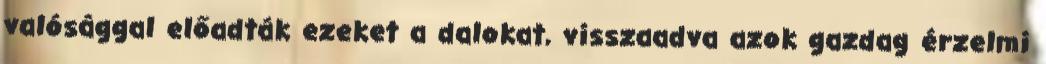
valósággal előadták ezeket a dalokat, visszaadva azok gazdag érzelmi